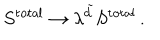
S ^ { \mathrm { t o t a l } } \rightarrow \lambda ^ { \tilde { d } } S ^ { \mathrm { t o t a l } } \, .